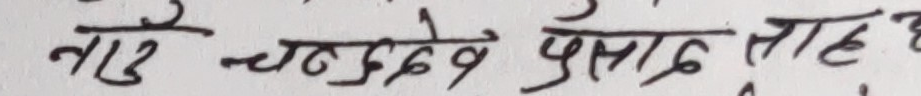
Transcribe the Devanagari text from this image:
नए चन्द्रदेव प्रसाद माह